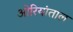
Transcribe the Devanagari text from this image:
ओरियांताल